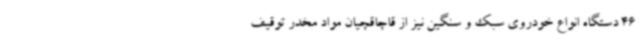
46 دستگاه انواع خودروی سبک و سنگین نیز از قاچاقچیان مواد مخدر توقیف